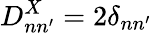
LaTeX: D_{nn^{\prime}}^{X}=2\delta_{nn^{\prime}}